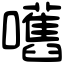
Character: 嚿